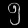
Digit: ၅